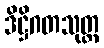
ဒိဋ္ဌိဂတသုတ္တ